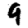
Digit: 9